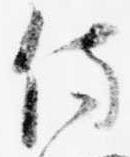
侍